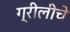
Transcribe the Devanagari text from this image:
ग्रीलीचे